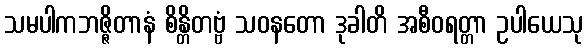
သမပါကဘဇ္ဇိတာနံ စိန္တိတဗ္ဗံ သဝနတော ဒုခါတိ အစီဝရတ္တာ ဥပါယေသု